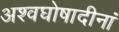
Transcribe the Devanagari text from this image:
अश्वघोषादीनां